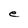
Character: e